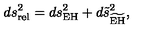
d s _ { \mathrm { r e l } } ^ { 2 } = d s _ { \mathrm { E H } } ^ { 2 } + d \tilde { s } _ { \widetilde { \mathrm { E H } } } ^ { 2 } ,